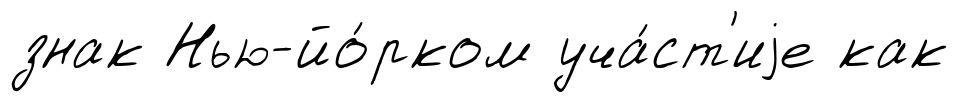
знак Нью-йо́рком уча́ст'иjе как